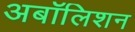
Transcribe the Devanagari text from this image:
अबॉलिशन